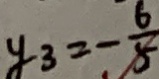
y _ { 3 } = - \frac { 6 } { 5 }